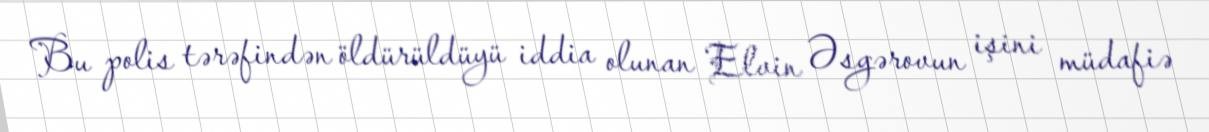
Bu polis tərəfindən öldürüldüyü iddia olunan Elvin Əsgərovun işini müdafiə